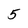
Character: 5